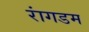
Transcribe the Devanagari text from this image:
रांगडम